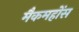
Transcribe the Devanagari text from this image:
मैकमहोंस